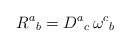
\begin{align*}R^{a}{}_{b}=D^{a}{}_{c}\, \omega ^{c}{}_{b}\;\end{align*}